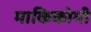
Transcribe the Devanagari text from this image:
माकिकोमी